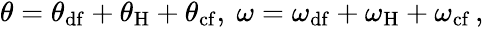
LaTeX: \begin{array}{r}{\theta=\theta_{\mathrm{df}}+\theta_{\mathrm{H}}+\theta_{\mathrm{cf}},\ \omega=\omega_{\mathrm{df}}+\omega_{\mathrm{H}}+\omega_{\mathrm{cf}}\, ,}\end{array}